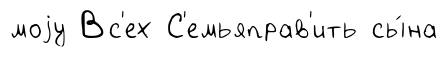
моjу Вс'ех С'емьяправ'ить сы́на